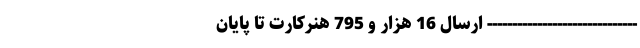
------------------------------ ارسال 16 هزار و 795 هنرکارت تا پایان